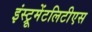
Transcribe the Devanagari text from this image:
इंस्ट्रूमेंटलिटीएस